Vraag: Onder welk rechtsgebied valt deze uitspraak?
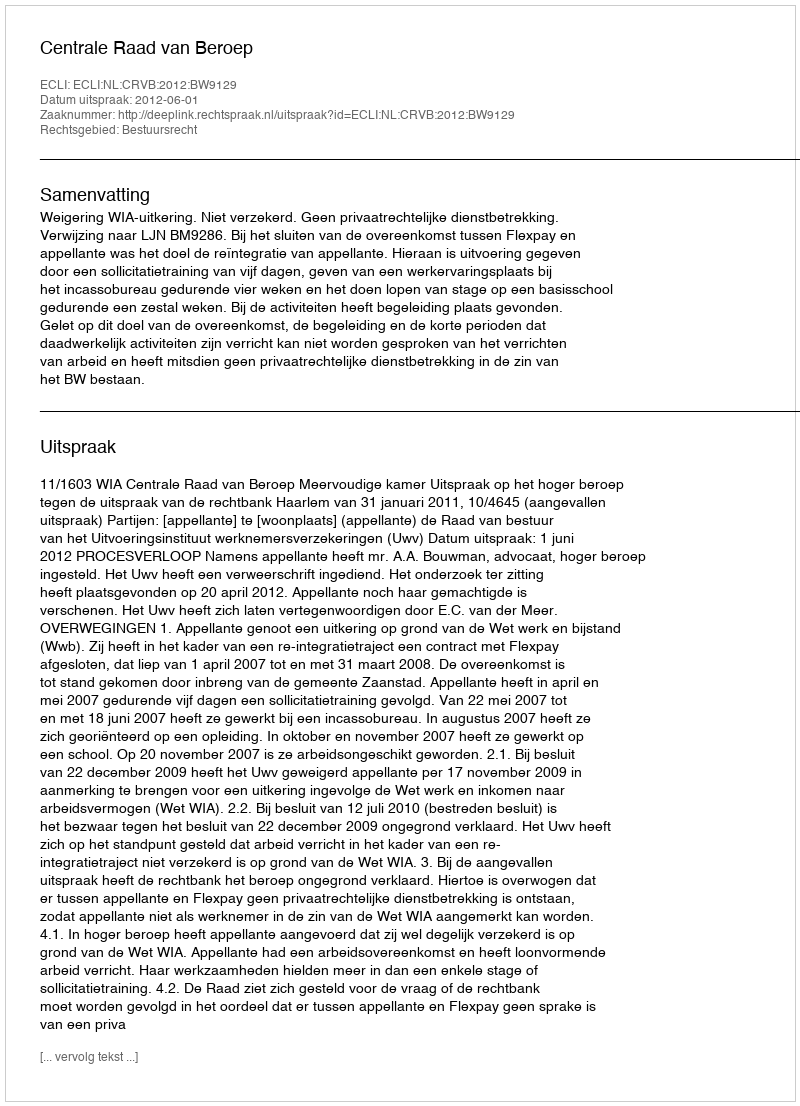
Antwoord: Bestuursrecht